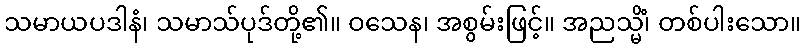
သမာယပဒါနံ၊ သမာသ်ပုဒ်တို့၏။ ဝသေန၊ အစွမ်းဖြင့်။ အညသ္မိံ၊ တစ်ပါးသော။